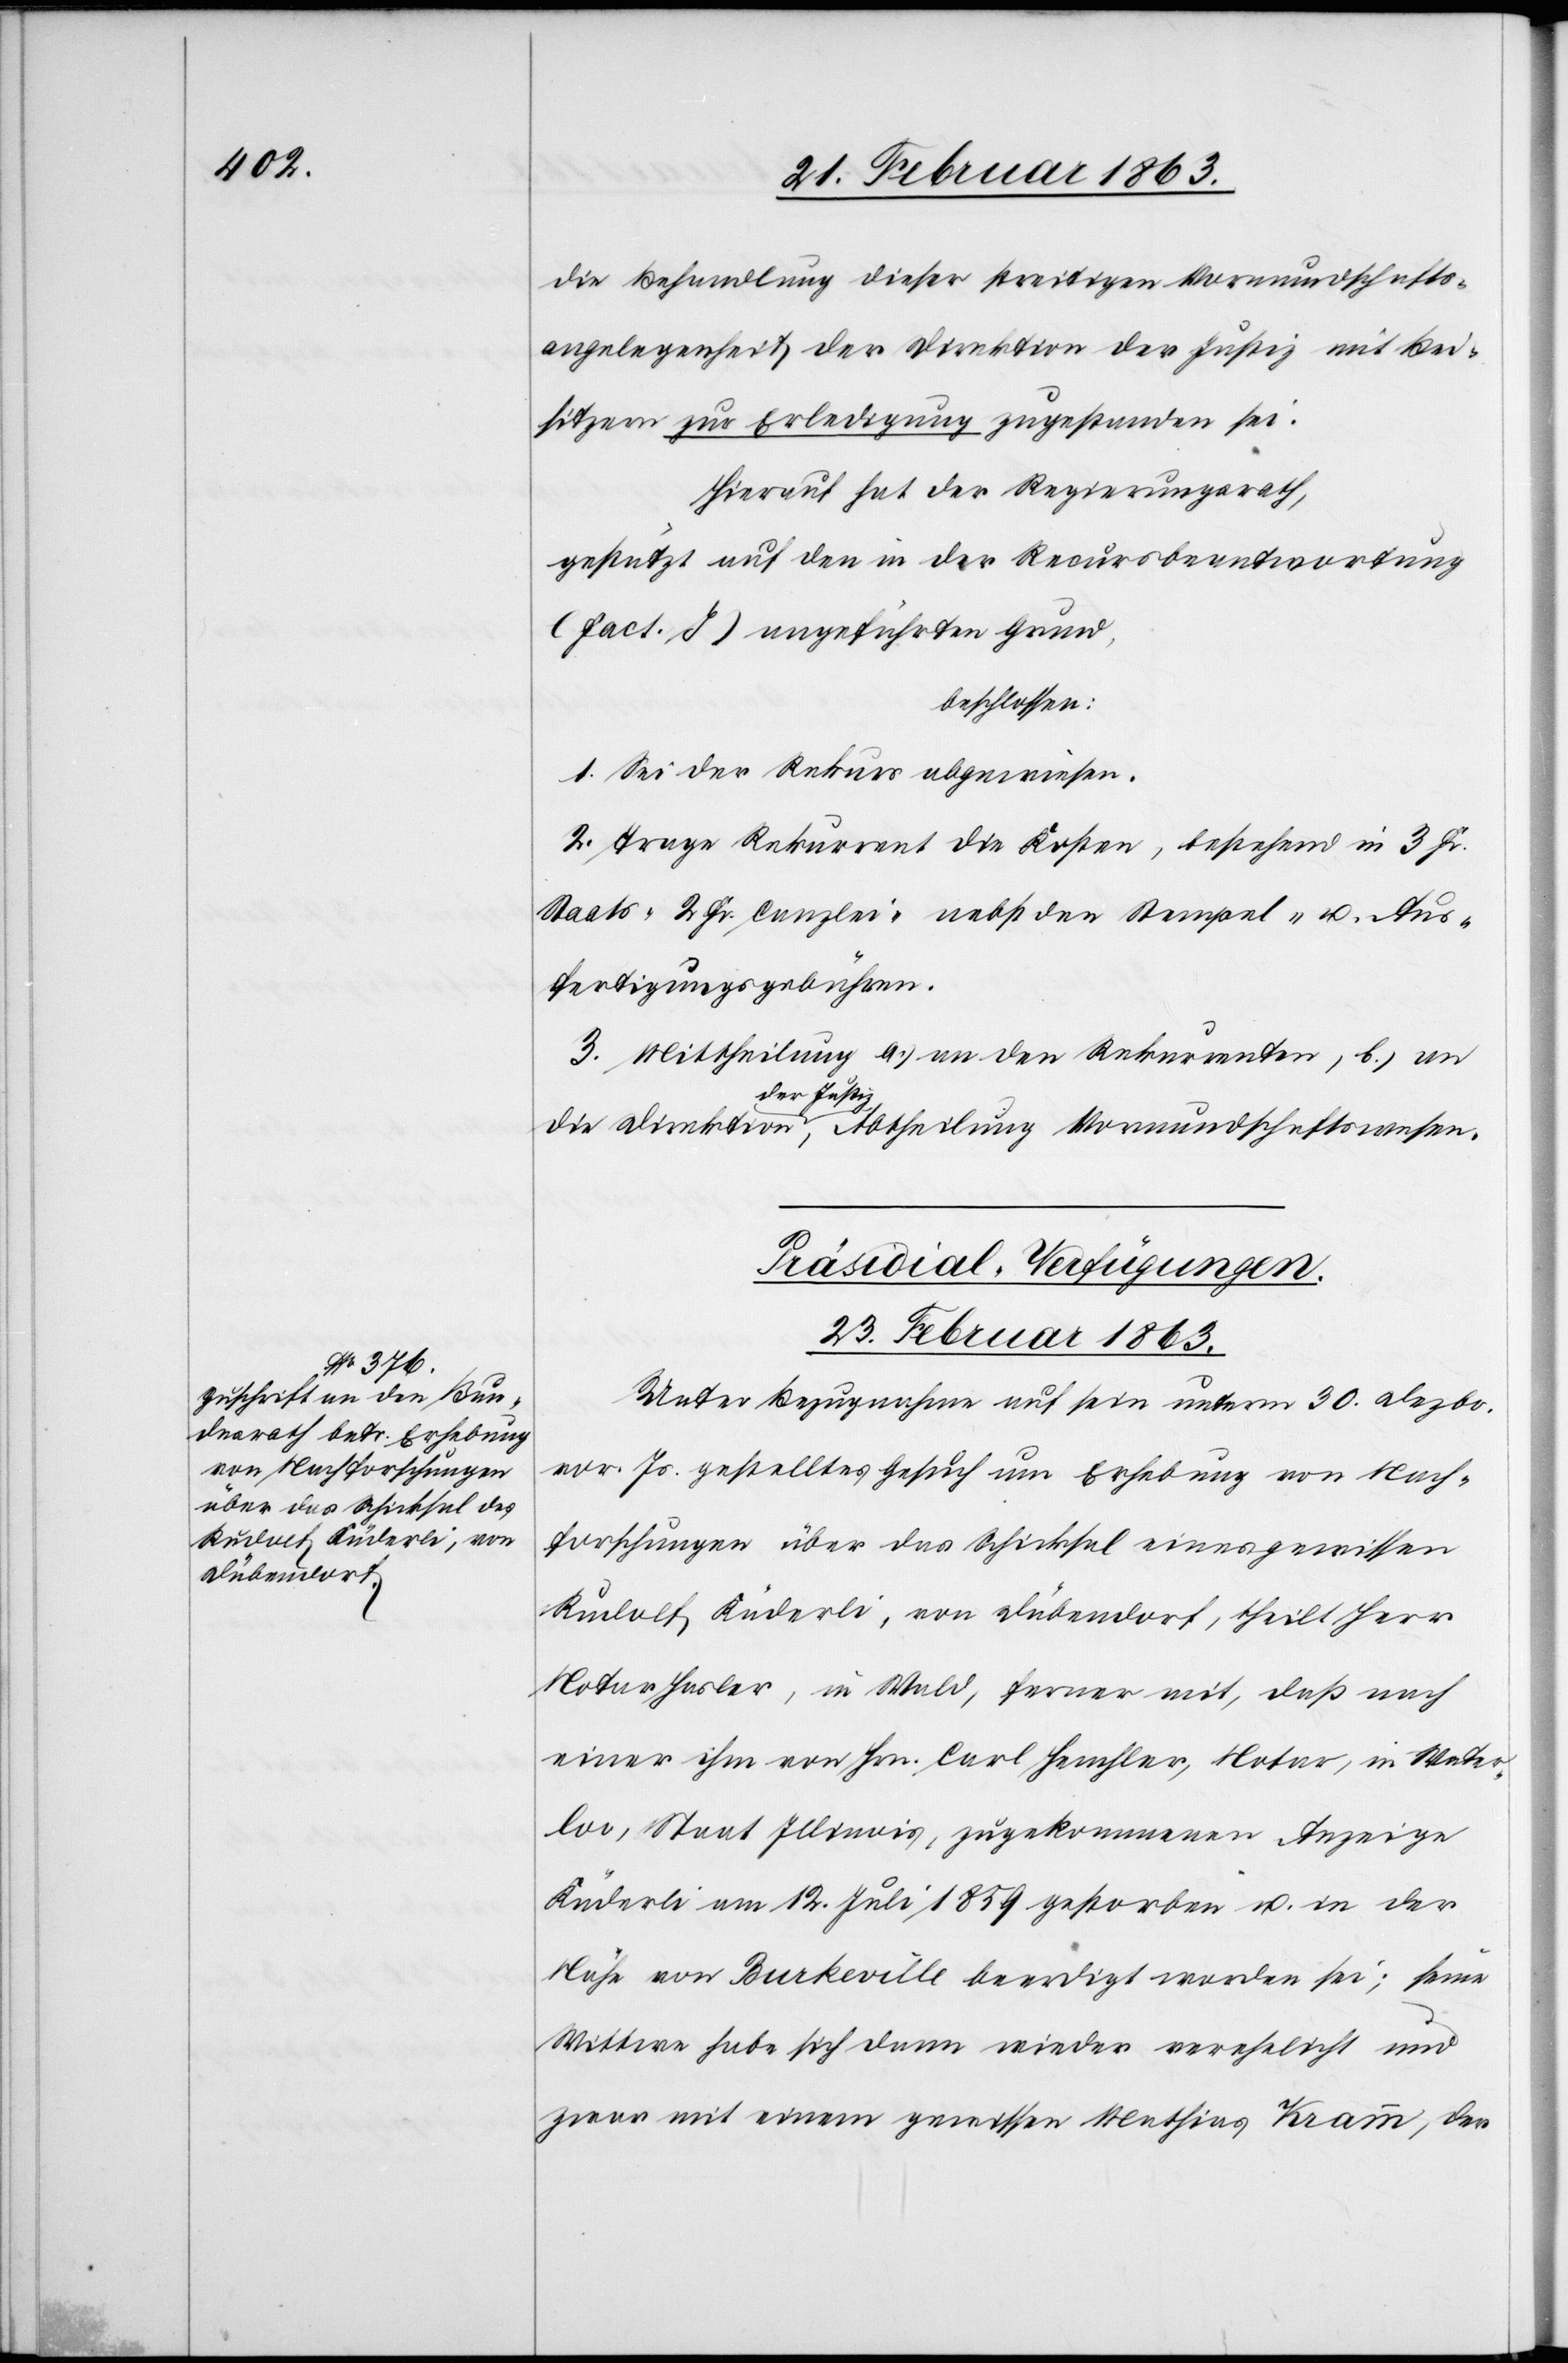
die Behandlung dieser streitigen Vormundschafts¬
angelegenheit der Direktion der Justiz mit Bei¬
sitzern zur Erledigung zugestanden sei.
Hierauf hat der Regierungsrath,
gestützt auf den in der Recursbeantwortung
(Fact. J) angeführten Grund,
beschlossen:
1. Sei der Rekurs abgewiesen.
2. Trage Rekurrent die Kosten, bestehend in 3 Fr.
Staats-[,] 2 Fr. Canzlei- nebst den Stempel- u. Aus¬
fertigungsgebühren.
3. Mittheilung a.) an den Rekurrenten, b.) an
der Justiz,
Präsidial-Verfügungen.
23. Februar 1863.
Unter Bezugnahme auf sein unterm 30. Dezbr.
vor. Js. gestelltes Gesuch um Erhebung von Nach¬
forschungen über das Schicksal eines gewissen
Rudolf Küderli, von Dübendorf, theilt Herr
Notar Hasler, in Wald, ferner mit, daß nach
einer ihm von Hrn. Carl Hemhler, Notar, in Water¬
loo, Staat Illinois, zugekommenen Anzeige
Küderli am 12. Juli 1859 gestorben sei; seine
Wittwe habe sich dann wieder verehelicht und
zwar mit einem gewissen Mathias Kramm, der